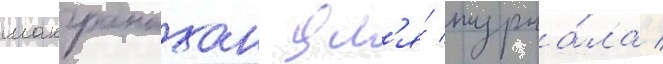
макгранахан дл'я́ журна́ла